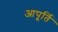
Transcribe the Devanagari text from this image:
आपूर्ति